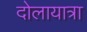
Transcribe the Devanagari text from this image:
दोलायात्रा